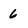
Character: 6